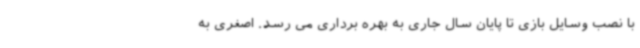
با نصب وسایل بازی تا پایان سال جاری به بهره برداری می رسد. اصغری به